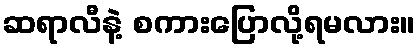
ဆရာလီနဲ့ စကားပြောလို့ရမလား။